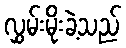
လွှမ်းမိုးခဲ့သည်